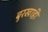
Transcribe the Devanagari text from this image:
बुरखाही